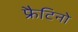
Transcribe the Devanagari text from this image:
फ्रैटिनो